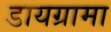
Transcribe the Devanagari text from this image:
डायग्रामा